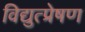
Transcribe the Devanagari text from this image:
विद्युत्प्रेषण